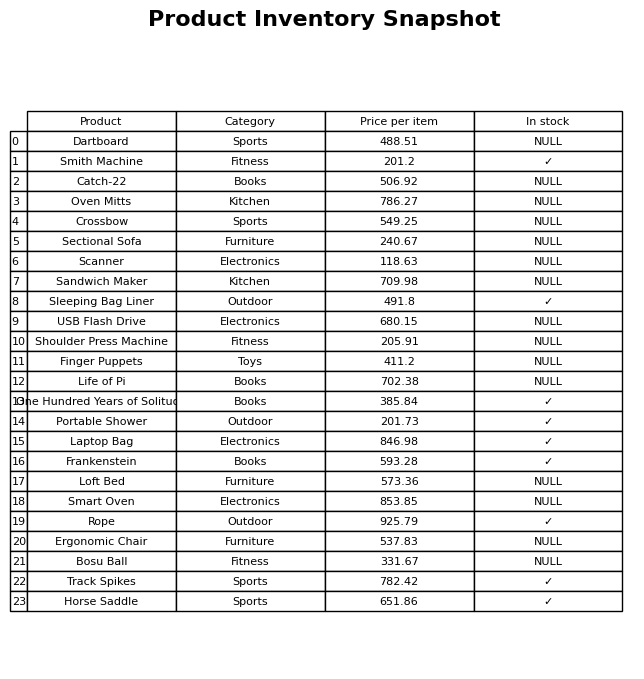
question: What is the stock status of the Ergonomic Chair?
answer: NULL